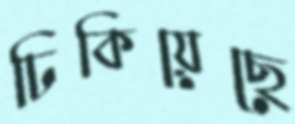
ঢিকিয়েছে